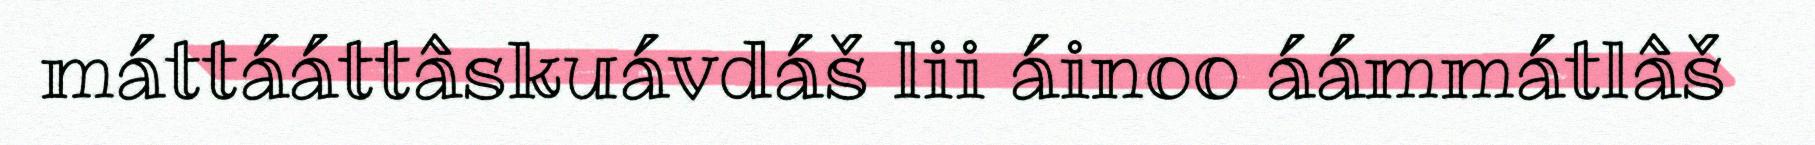
máttááttâskuávdáš lii áinoo áámmátlâš